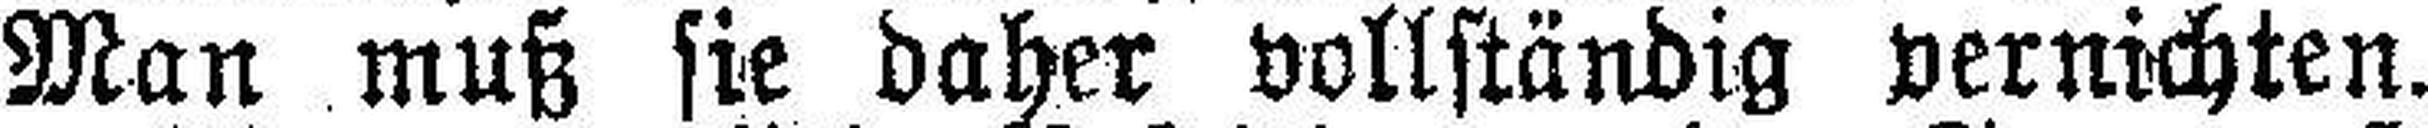
Man muß sie daher vollständig vernichten.